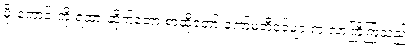
မိုးကောင်းကို ရထားဆိုက်တော့ စာဆိုတော် ကော်မတီဝင်များက လာကြိုကြသည်။